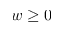
w \geq 0